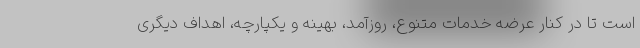
است تا در کنار عرضه خدمات متنوع، روزآمد، بهینه و یکپارچه، اهداف دیگری